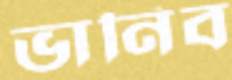
ভানিব